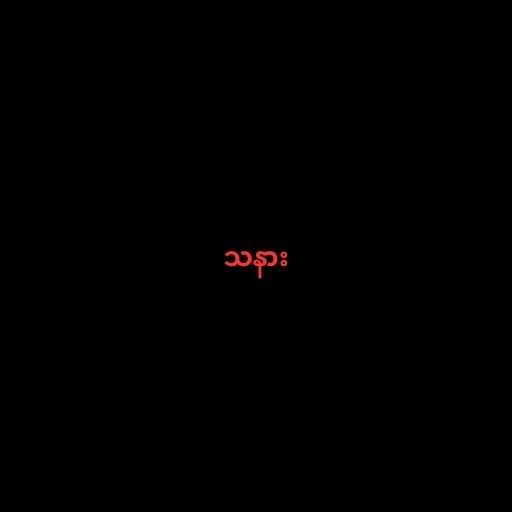
သနား